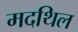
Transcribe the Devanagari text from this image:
मदथिल